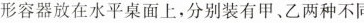
形容器放在水平桌面上，分别装有甲、乙两种不同